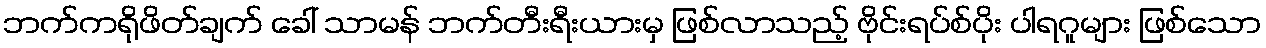
ဘက်ကရိုဖိတ်ချက် ခေါ် သာမန် ဘက်တီးရီးယားမှ ဖြစ်လာသည့် ဗိုင်းရပ်စ်ပိုး ပါရဂူများ ဖြစ်သော